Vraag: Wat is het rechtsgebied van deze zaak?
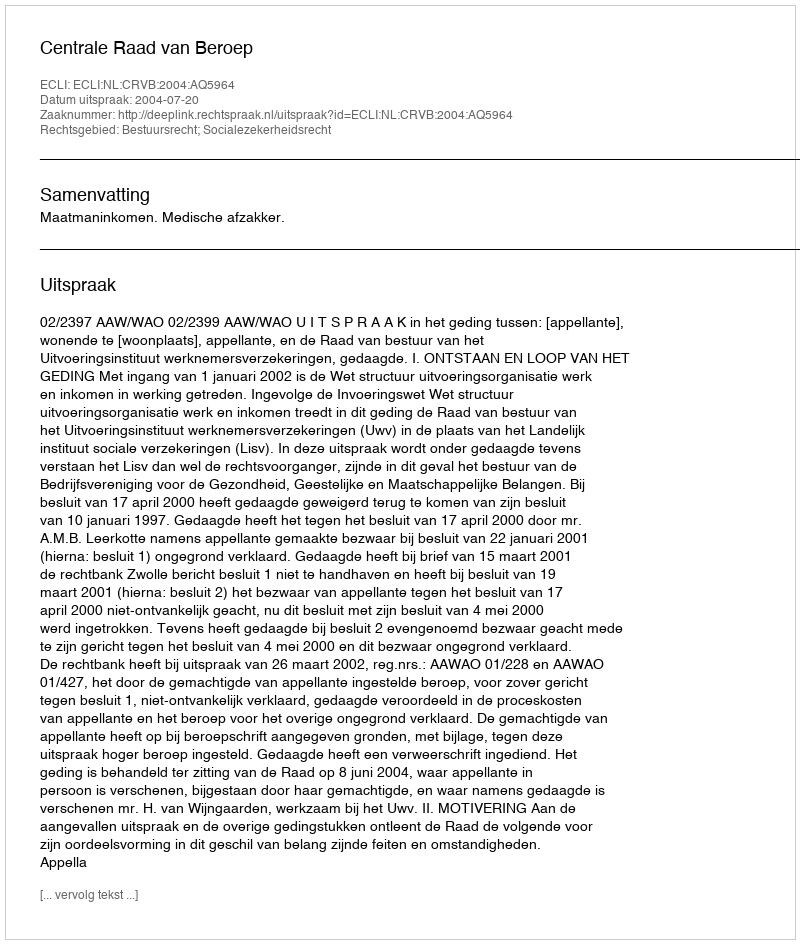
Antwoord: Bestuursrecht; Socialezekerheidsrecht